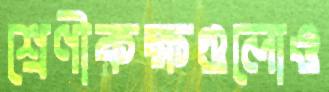
শ্রেণীকক্ষগুলোও